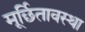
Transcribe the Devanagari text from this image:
मूर्छितावस्था